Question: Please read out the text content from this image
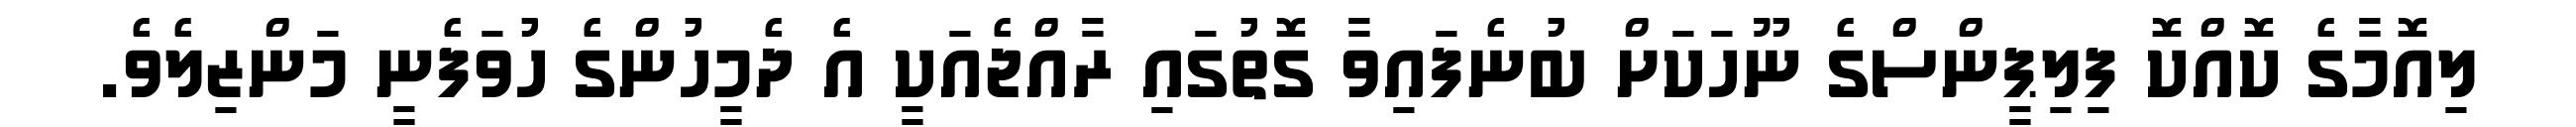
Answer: ލިއޮމާގެ ކޮއްކޮ ފިލިޕީންސްގެ ނޫހަކަށް ބުނެފައިވާ ގޮތުގައި ރާއްޖެއަކީ އެ ދެމީހުންގެ ހުވަފެނީ މަންޒިލެވެ.